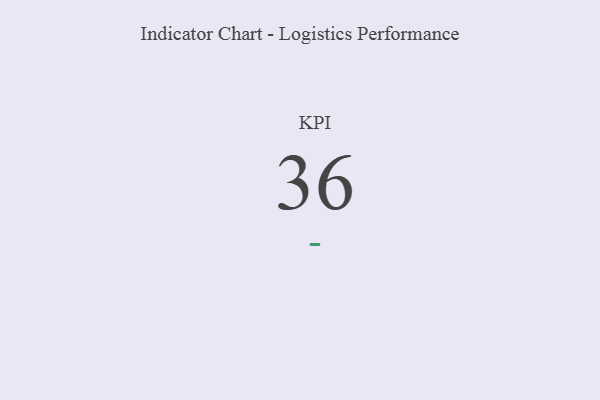
{"axis": {"x": "KPI", "y": "Value"}, "legend": [""], "data": [{"x": "KPI", "y": 36, "type": ""}]}